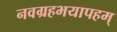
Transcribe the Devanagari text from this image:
नवग्रहभयापहम्